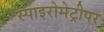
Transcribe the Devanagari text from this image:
स्पाइरोमेट्रीपर